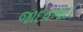
જાદવભાઈ